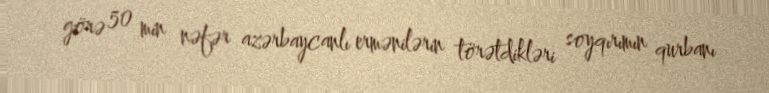
görə 50 min nəfər azərbaycanlı ermənilərin törətdikləri soyqırımın qurbanı